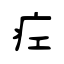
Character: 疘